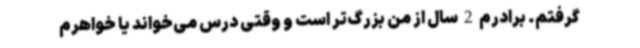
گرفتم. برادرم 2 سال از من بزرگ‌تر است و وقتی درس می‌خواند یا خواهرم